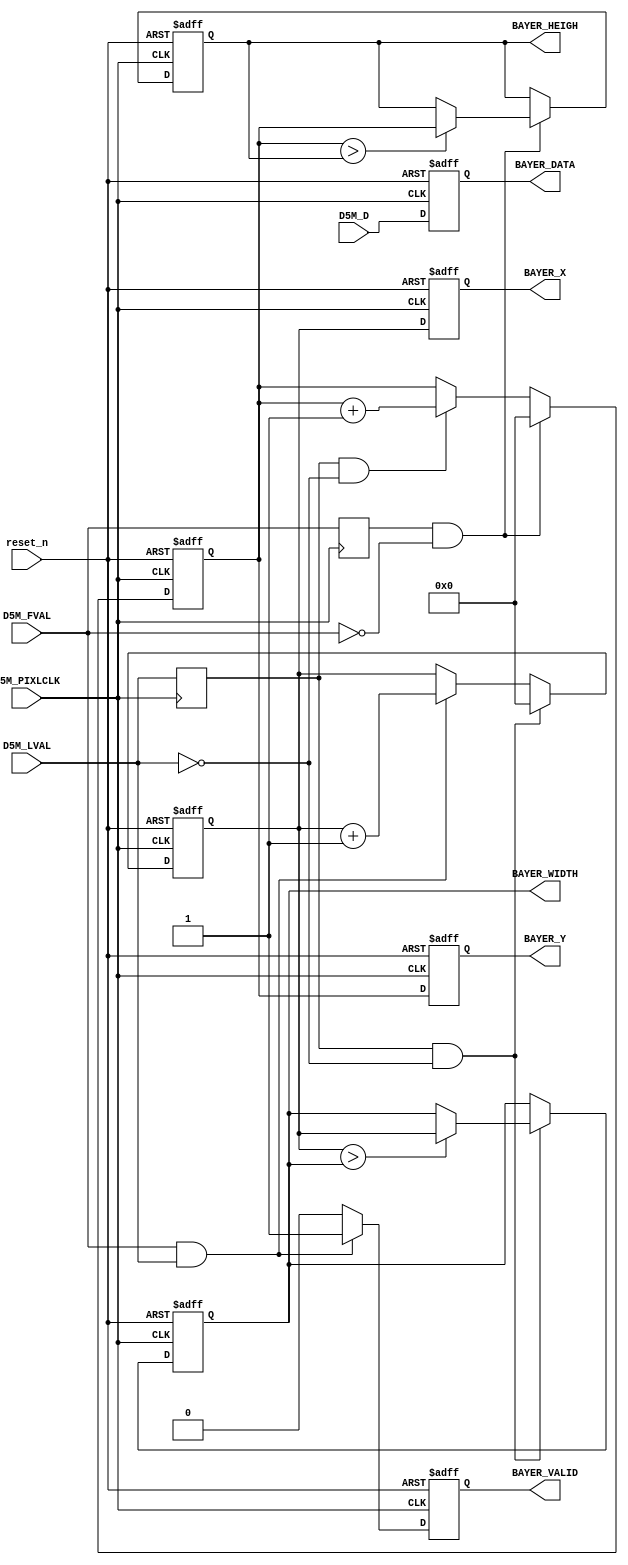
module D5M_Bayer(
	reset_n,
	
	D5M_D,
	D5M_FVAL,
	D5M_LVAL,
	D5M_PIXLCLK,
	
	BAYER_X,
	BAYER_Y,
	BAYER_DATA,
	BAYER_VALID,
	BAYER_WIDTH,
	BAYER_HEIGH
);

input						reset_n;

input		    [11:0]		D5M_D;
input		          		D5M_FVAL;
input		          		D5M_LVAL;
input		          		D5M_PIXLCLK;

output	reg		[11:0]		BAYER_X;
output	reg		[11:0]		BAYER_Y;
output	reg		[11:0]		BAYER_DATA;
output	reg					BAYER_VALID;
output	reg		[11:0]		BAYER_WIDTH;
output	reg		[11:0]		BAYER_HEIGH;





reg pre_D5M_FVAL;
reg pre_D5M_LVAL;

always @ (negedge D5M_PIXLCLK)
begin
	pre_D5M_FVAL <= D5M_FVAL;
	pre_D5M_LVAL <= D5M_LVAL;
end

//////////////////////
// Y, heigh count
reg [11:0] y_cnt;
always @ (posedge D5M_PIXLCLK or negedge reset_n)
begin
	if (~reset_n)
		begin
		BAYER_HEIGH <= 0;
		y_cnt <= 0;
		end
	else if (pre_D5M_FVAL & ~D5M_FVAL)
	begin
		y_cnt <= 0;
		if (y_cnt > BAYER_HEIGH)
			BAYER_HEIGH <= y_cnt;		
	end		
	else if (pre_D5M_LVAL && ~D5M_LVAL)
		y_cnt <= y_cnt + 1;		

end

always @ (posedge D5M_PIXLCLK or negedge reset_n)
begin
	if (~reset_n)
		BAYER_Y <= 0;
	else
		BAYER_Y <= y_cnt;
end

//////////////////////
// X, width count
reg [11:0] x_cnt;
always @ (posedge D5M_PIXLCLK or negedge reset_n)
begin
	if (~reset_n)
	begin
		BAYER_WIDTH <= 0;
		x_cnt <= 0;
	end
	else if (pre_D5M_LVAL & ~D5M_LVAL)
	begin
		x_cnt <= 0;
		if (x_cnt > BAYER_WIDTH)
			BAYER_WIDTH <= x_cnt;		
	end
	else if (D5M_FVAL & D5M_LVAL)
		x_cnt <= x_cnt + 1;
end

always @ (posedge D5M_PIXLCLK or negedge reset_n)
begin
	if (~reset_n)
		BAYER_X <= 0;
	else
		BAYER_X <= x_cnt;
end

// data valid
always @ (posedge D5M_PIXLCLK or negedge reset_n)
begin
	if (~reset_n)
		BAYER_VALID <= 1'b0;
	else
		BAYER_VALID <= (D5M_FVAL & D5M_LVAL)?1'b1:1'b0;
	
end

// data 
always @ (posedge D5M_PIXLCLK or negedge reset_n)
begin
	if (~reset_n)
		BAYER_DATA <= 12'h000;
	else
		BAYER_DATA <= D5M_D;
	
end

endmodule